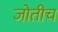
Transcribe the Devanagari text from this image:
जोतीच